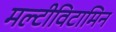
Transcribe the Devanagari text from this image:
मल्टीविटामिन